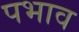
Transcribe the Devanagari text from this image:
पभाव